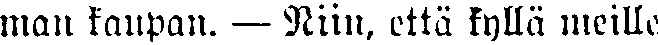
man kaupan. — Niin, että kyllä meille